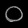
Digit: ၀